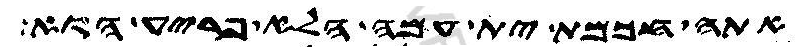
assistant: אתה חכמת ית עמה הלא פריע הוא